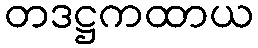
တဒဋ္ဌကထာယ